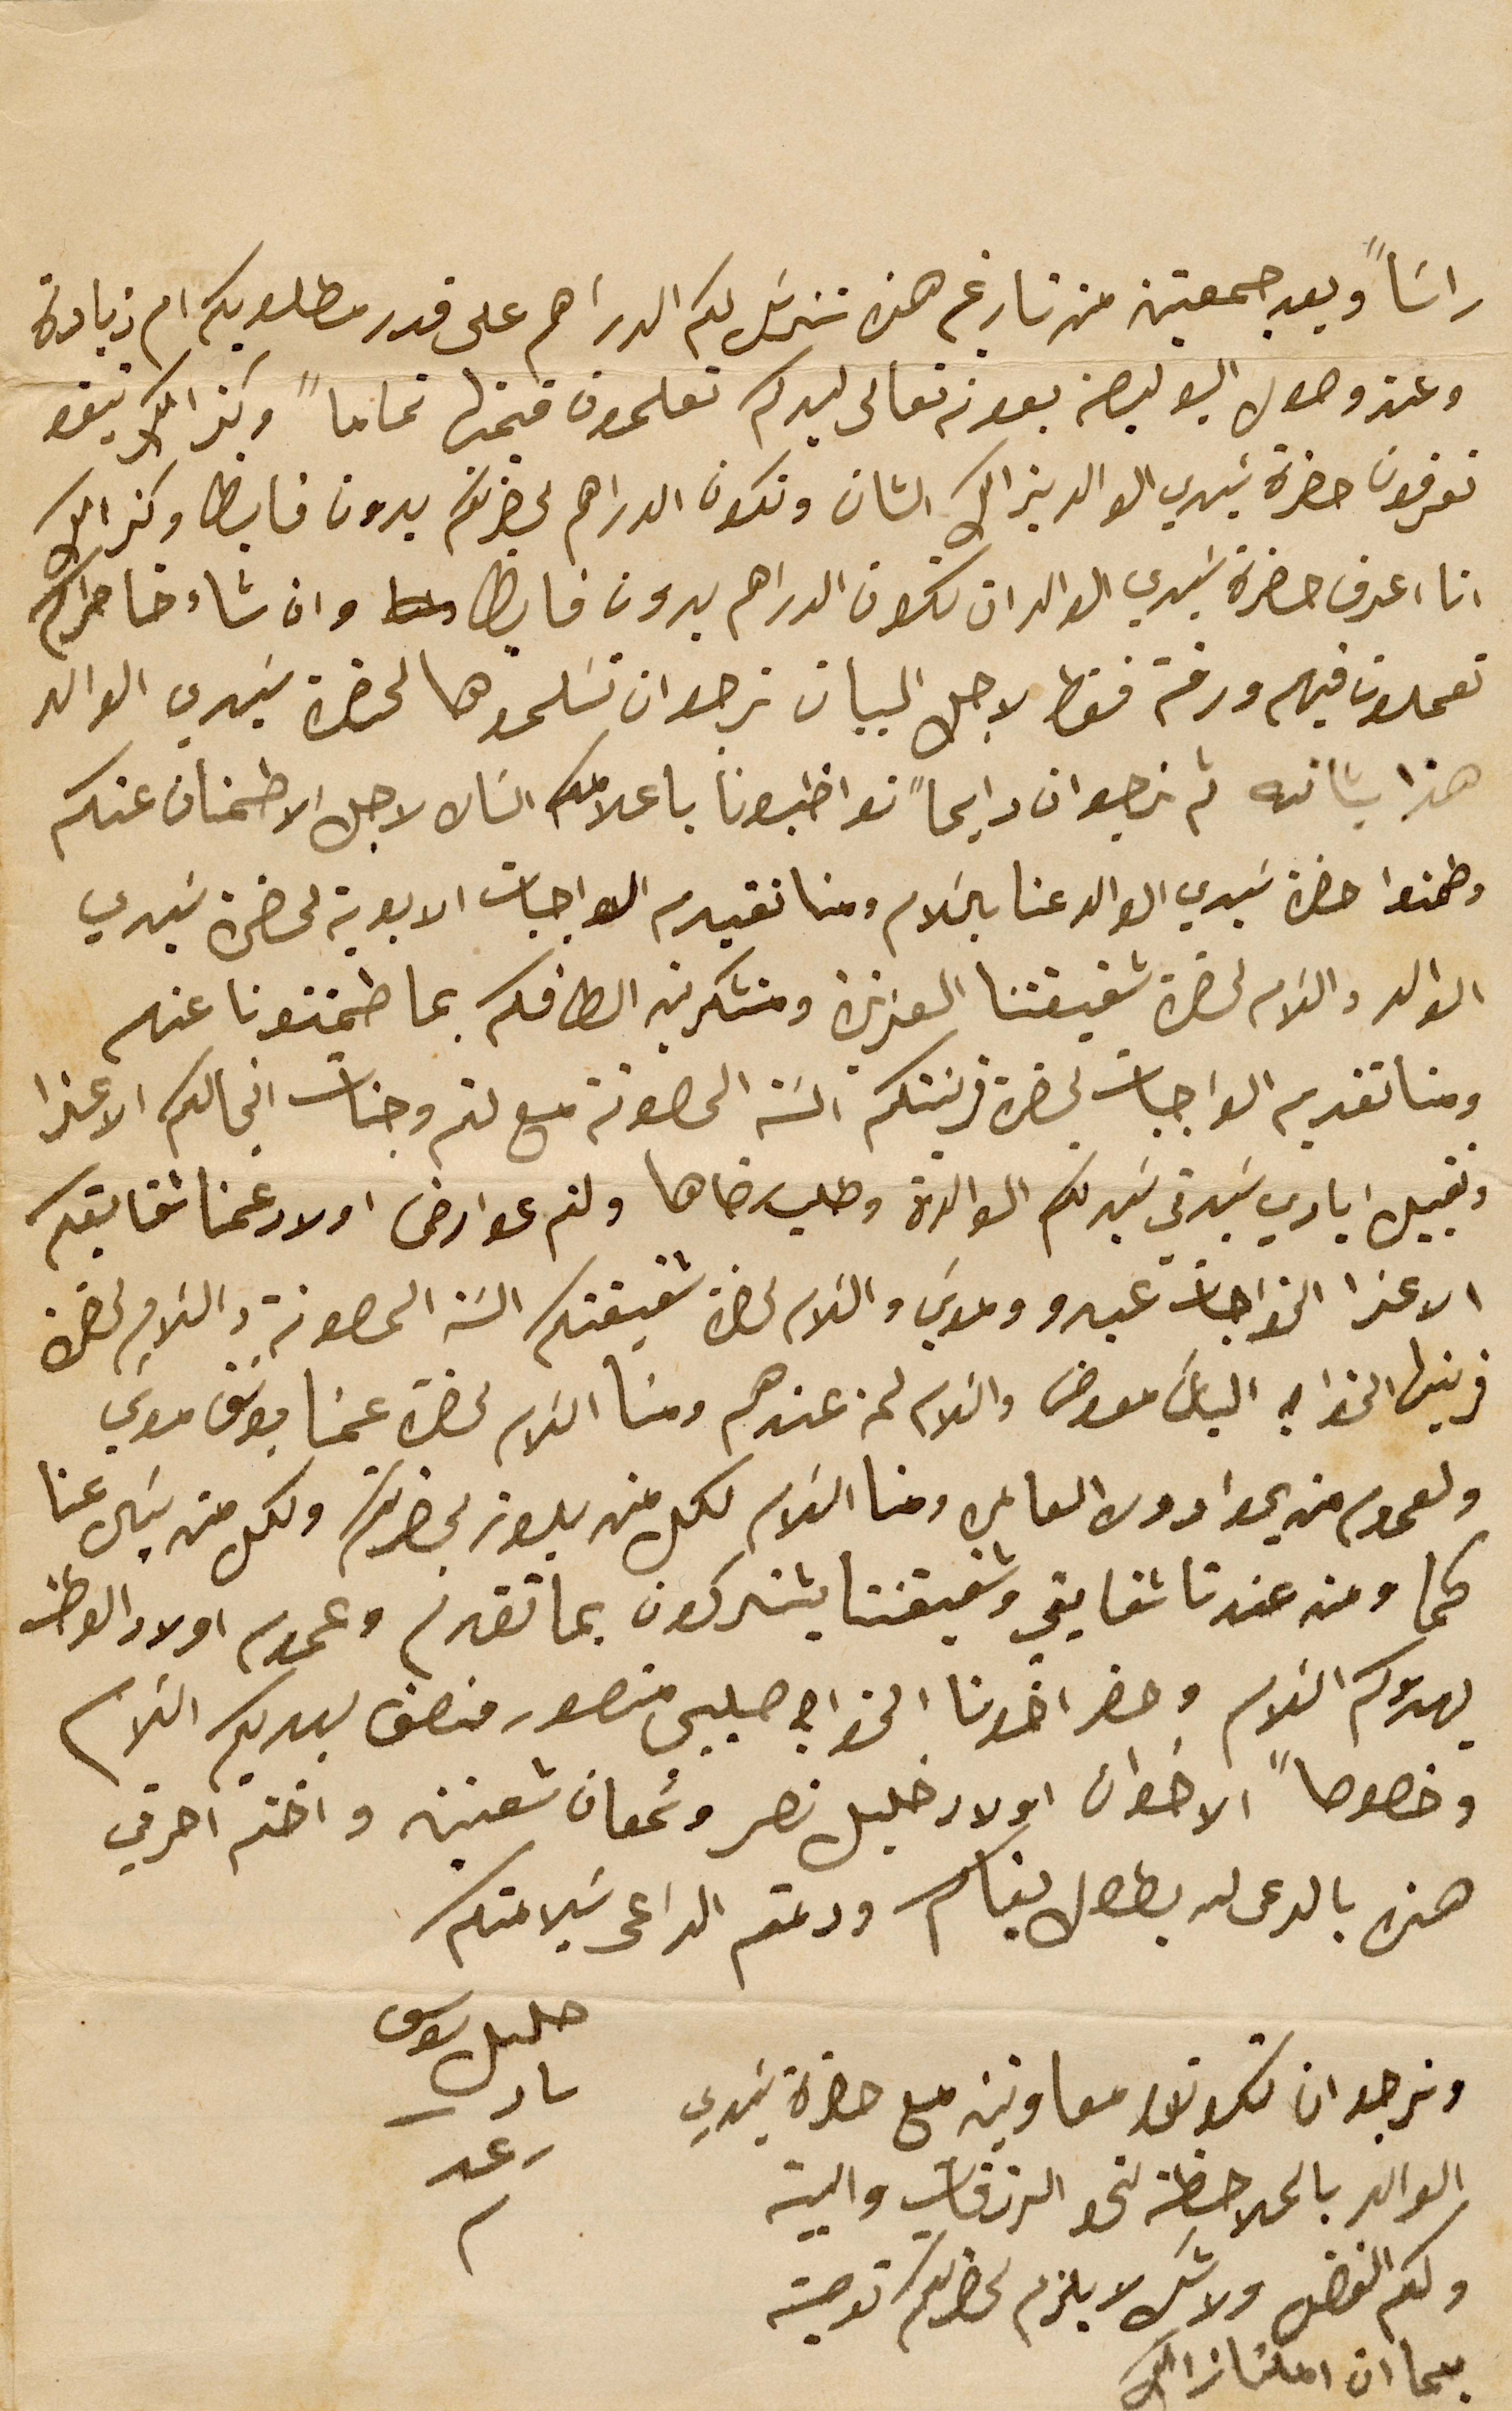
راسَاً وبعد جمعتين من تاريخه هذا سَنرسَل لكم الدراهم على قدر مطلوبكم ام زيادة
وعند وصول البوليصة بعونه تعالى ليدكم تعلمون قيمتها تماماً وكذالك تبقو
تعرفون حضرة سَيدي الوالد بذالك الشان وتكون الدراهم لحضرتكم بدون فايظ وكذالك
انا اعرف حضرة سَيدي الوالد ان تكون الدراهم بدون فايظ وان شاء خاطركم
تعملون فيهم ورقة فقط لاجل البيان نرجو ان تسَلموها لحضرة سَيدي الوالد
هذا بشانه ثم نرجو ان دايماً تواظبونا بأعلامكم الشان لاجل الاطمنان عنكم
وطمنوا حضرة سَيدي الوالد عنا بالسَلام ومنا تقديم الواجبات الابوية لحضرة سَيدي
الوالد والسَلام لحضرة شقيقتنا العزيزة ومتشكرين الطافكم بما طمنتونا عنهم
ومنا تقديم الواجبات لحضرة قرينتكم السَة المصونة مع لثم وجنات انجالكم الاعزا
وتقبيل ايادي سَيدتي سَيدتكم الوالدة وطلب رضاها ولثم عوارض اولاد عمنا شقايقكم
الاعزا الخواجات عبدو وموسَي والسَلام لحضرة شقيقتكم السَة المصونة والسلام لحضرة
قرينها الخواجه الياسَ معوض والسَلام لمن عندهم ومنا السَلام لحضرة عمنا يوسَف موسَي
ولعموم من يحوا دوره العامره ومنا السَلام لكل من يلوز بحضرتكم ولكل من يسَال عنا
كما ومن عندنا شقايقي وشقيقتنا يشتركون بما تقدم وعموم اولاد الوطن
يهدوكم السَلام وحضر اخونا الخواجه صليبي منصور منصف ليهديكم السَلام
وخصوصاً الاخوان اولاد خليل نصر وسَمعان شعنين واختم احرفي
هذه بالدعى لله بطول بقاكم ودمتم الداعي سَلامتكم
خليل يوسف نادر رعد
ونرجو ان تكونوا معاونين مع حضرة سَيدي
الوالد بالملاحظة لنحو الرزقات والبيت
ولكم الفضل ولا شك لا يلزم لحضرتكم توصية
بما ان املنا ذالك